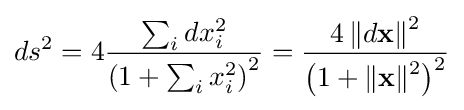
ds^{2}=4{\frac {\sum _{i}dx_{i}^{2}}{\left(1+\sum _{i}x_{i}^{2}\right)^{2}}}={\frac {4\,\lVert d\mathbf {x} \rVert {\vphantom {l}}^{2}}{{\bigl (}1+\lVert \mathbf {x} \rVert {\vphantom {l}}^{2}{\bigr )}^{2}}}